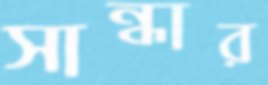
সান্ধার